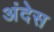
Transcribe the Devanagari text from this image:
अंदेस